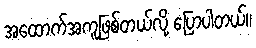
အထောက်အကူဖြစ်တယ်လို့ ပြောပါတယ်။